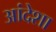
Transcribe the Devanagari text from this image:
आंदेशा